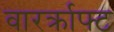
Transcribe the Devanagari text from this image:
वारर्क्राफ्ट